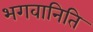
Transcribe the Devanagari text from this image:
भगवानिति